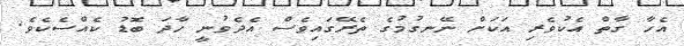
އެހާ ގާތް އެކުވެރި އަކަށް ނޭނގުމުގެ ތެރޭގައިވެސް އެދެވުނީ ހާދަ ބޮޑު ކެއްސެކެވެ.